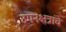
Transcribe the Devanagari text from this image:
उपनक्षत्रांचे